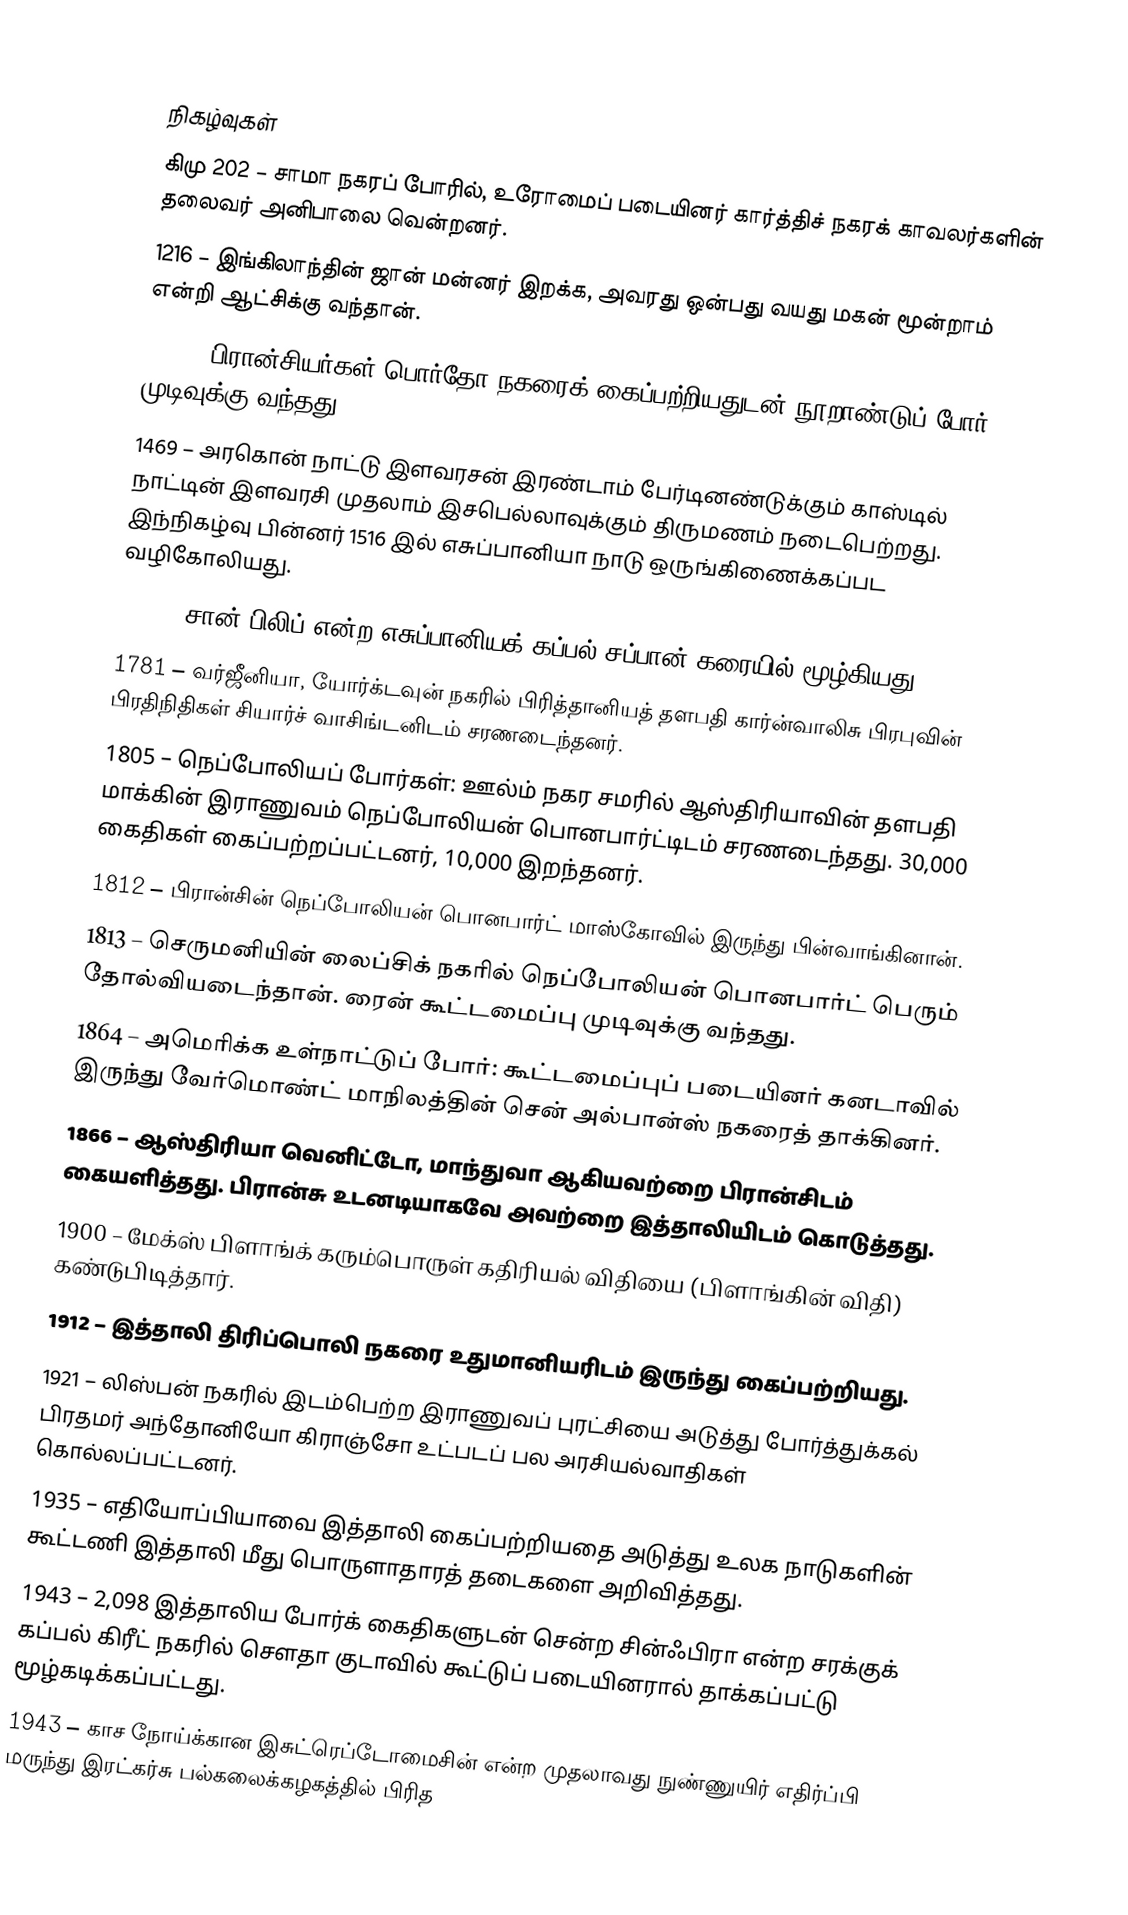

நிகழ்வுகள்
கிமு 202 – சாமா நகரப் போரில், உரோமைப் படையினர் கார்த்திச் நகரக் காவலர்களின் தலைவர் அனிபாலை வென்றனர்.
1216 – இங்கிலாந்தின் ஜான் மன்னர் இறக்க, அவரது ஒன்பது வயது மகன் மூன்றாம் என்றி ஆட்சிக்கு வந்தான்.
1453 – பிரான்சியர்கள் பொர்தோ நகரைக் கைப்பற்றியதுடன் நூறாண்டுப் போர் முடிவுக்கு வந்தது.
1469 – அரகொன் நாட்டு இளவரசன் இரண்டாம் பேர்டினண்டுக்கும் காஸ்டில் நாட்டின் இளவரசி முதலாம் இசபெல்லாவுக்கும் திருமணம் நடைபெற்றது. இந்நிகழ்வு பின்னர் 1516 இல் எசுப்பானியா நாடு ஒருங்கிணைக்கப்பட வழிகோலியது.
1596 – சான் பிலிப் என்ற எசுப்பானியக் கப்பல் சப்பான் கரையில் மூழ்கியது.
1781 – வர்ஜீனியா, யோர்க்டவுன் நகரில் பிரித்தானியத் தளபதி கார்ன்வாலிசு பிரபுவின் பிரதிநிதிகள் சியார்ச் வாசிங்டனிடம் சரணடைந்தனர்.
1805 – நெப்போலியப் போர்கள்: ஊல்ம் நகர சமரில் ஆஸ்திரியாவின் தளபதி மாக்கின் இராணுவம் நெப்போலியன் பொனபார்ட்டிடம் சரணடைந்தது. 30,000 கைதிகள் கைப்பற்றப்பட்டனர், 10,000 இறந்தனர்.
1812 – பிரான்சின் நெப்போலியன் பொனபார்ட் மாஸ்கோவில் இருந்து பின்வாங்கினான்.
1813 – செருமனியின் லைப்சிக் நகரில் நெப்போலியன் பொனபார்ட் பெரும் தோல்வியடைந்தான். ரைன் கூட்டமைப்பு முடிவுக்கு வந்தது.
1864 – அமெரிக்க உள்நாட்டுப் போர்: கூட்டமைப்புப் படையினர் கனடாவில் இருந்து வேர்மொண்ட் மாநிலத்தின் சென் அல்பான்ஸ் நகரைத் தாக்கினர்.
1866 – ஆஸ்திரியா வெனிட்டோ, மாந்துவா ஆகியவற்றை பிரான்சிடம் கையளித்தது. பிரான்சு உடனடியாகவே அவற்றை இத்தாலியிடம் கொடுத்தது.
1900 – மேக்ஸ் பிளாங்க் கரும்பொருள் கதிரியல் விதியை (பிளாங்கின் விதி) கண்டுபிடித்தார்.
1912 – இத்தாலி திரிப்பொலி நகரை உதுமானியரிடம் இருந்து கைப்பற்றியது.
1921 – லிஸ்பன் நகரில் இடம்பெற்ற இராணுவப் புரட்சியை அடுத்து போர்த்துக்கல் பிரதமர் அந்தோனியோ கிராஞ்சோ உட்படப் பல அரசியல்வாதிகள் கொல்லப்பட்டனர்.
1935 – எதியோப்பியாவை இத்தாலி கைப்பற்றியதை அடுத்து உலக நாடுகளின் கூட்டணி இத்தாலி மீது பொருளாதாரத் தடைகளை அறிவித்தது.
1943 – 2,098 இத்தாலிய போர்க் கைதிகளுடன் சென்ற சின்ஃபிரா என்ற சரக்குக் கப்பல் கிரீட் நகரில் சௌதா குடாவில் கூட்டுப் படையினரால் தாக்கப்பட்டு மூழ்கடிக்கப்பட்டது.
1943 – காச நோய்க்கான  இசுட்ரெப்டோமைசின் என்ற முதலாவது நுண்ணுயிர் எதிர்ப்பி மருந்து இரட்கர்சு பல்கலைக்கழகத்தில் பிரித